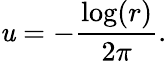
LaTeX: \mathit{u}=-{\frac{{\log(r)}}{{2\pi}}}.